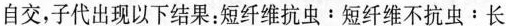
自交，子代出现以下结果：$$短 纤 维 抗 虫：短 纤 维 不 抗 虫：$$长